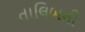
તાલિબની